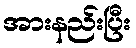
အားနည်းပြီး